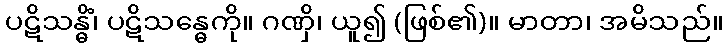
ပဋိသန္ဓိံ၊ ပဋိသန္ဓေကို။ ဂဏှိ၊ ယူ၍ (ဖြစ်၏)။ မာတာ၊ အမိသည်။